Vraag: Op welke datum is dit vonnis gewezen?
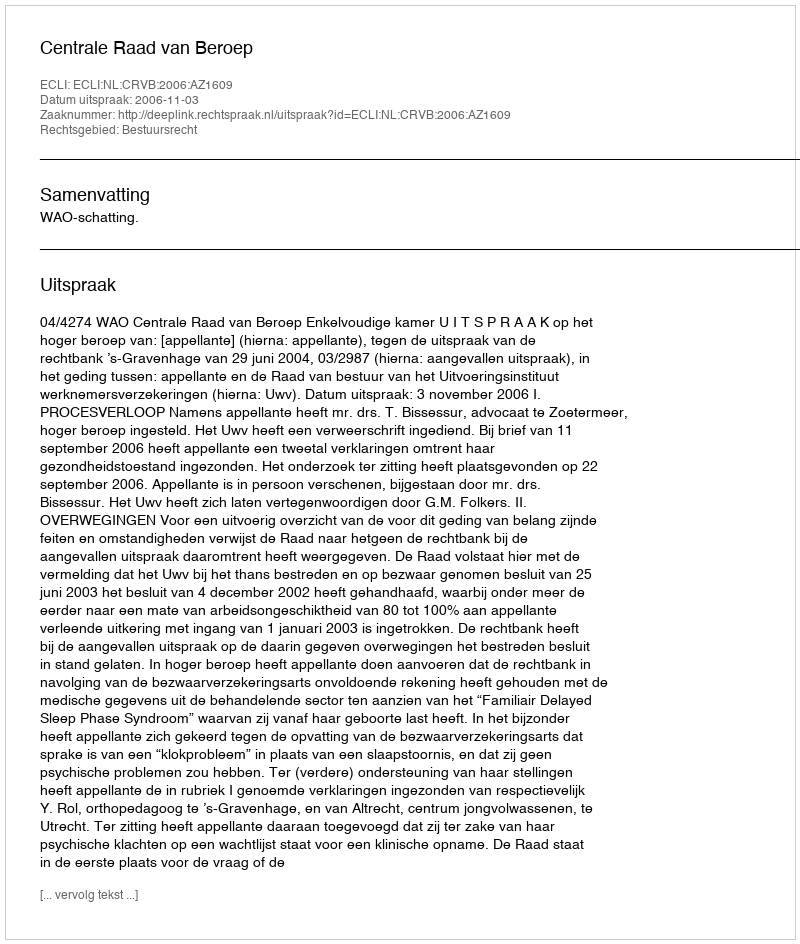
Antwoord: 2006-11-03